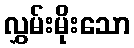
လွှမ်းမိုးသော